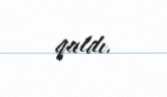
qaldı.